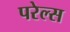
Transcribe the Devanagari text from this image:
परेल्स